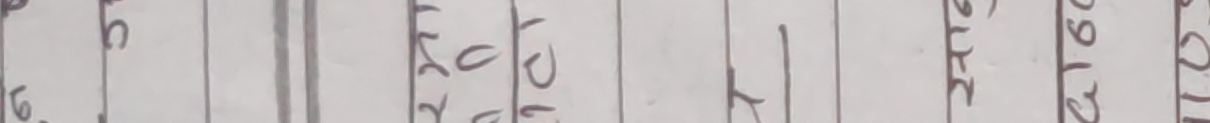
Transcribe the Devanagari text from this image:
६. र० १ त १ सिते ९१२ १०१